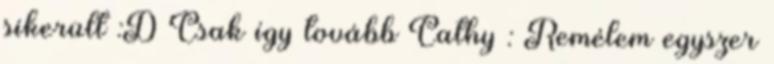
sikerült :D Csak így tovább Cathy : Remélem egyszer